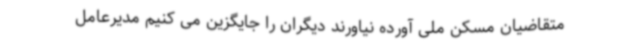
متقاضیان مسکن ملی آورده نیاورند دیگران را جایگزین می کنیم مدیرعامل